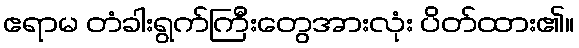
ဧရာမ တံခါးရွက်ကြီးတွေအားလုံး ပိတ်ထား၏။